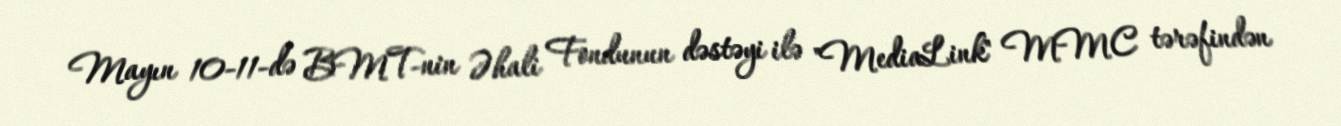
Mayın 10-11-də BMT-nin Əhali Fondunun dəstəyi ilə "MediaLink" MMC tərəfindən